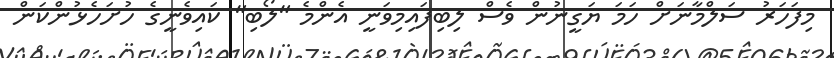
މިފަހަރު ސަލްމާނަށް ހަމަ ޔަގީނުން ވެސް ލިބިފައިމިވަނީ އެންމެ "ލޯބި" ކައިވެނީގެ ހުށަހެޅުންކަން